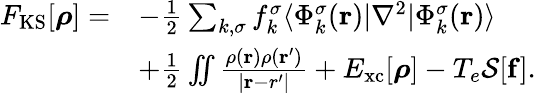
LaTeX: \begin{array}{rl}{F_{\mathrm{KS}}[{\boldsymbol\rho}]=}&{-\frac{1}{2}\sum_{k,\sigma}f_{k}^{\sigma}\langle\Phi_{k}^{\sigma}({\mathbf r})\vert\nabla^{2}\vert\Phi_{k}^{\sigma}({\mathbf r})\rangle}\\ &{+\frac{1}{2}\iint\frac{{\rho}({\mathbf r}){\rho}({\mathbf r^{\prime}})}{\vert{\mathbf r-r^{\prime}}\vert}+E_{\mathrm{xc}}[{\boldsymbol\rho}]-T_{e}{\cal S}[{\mathbf f}].}\end{array}